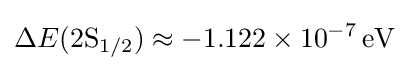
\Delta E(2\mathrm {S} _{1/2})\approx -1{.}122\times 10^{-7}\,{\text{eV}}